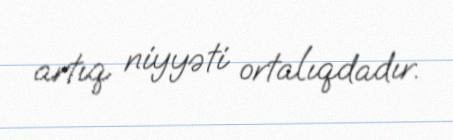
artıq niyyəti ortalıqdadır.